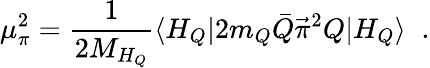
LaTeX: \mu_{\pi}^{2}=\frac{1}{2M_{H_{Q}}}\langle H_{Q}|2m_{Q}\bar{Q}{\vec{\pi}}^{2}Q|H_{Q}\rangle\; \; .